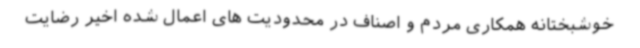
خوشبختانه همکاری مردم و اصناف در محدودیت های اعمال شده اخیر رضایت